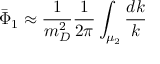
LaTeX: { \bar { \Phi } } _ { 1 } \approx { \frac { 1 } { m _ { D } ^ { 2 } } } { \frac { 1 } { 2 \pi } } \int _ { \mu _ { 2 } } { \frac { d k } { k } }